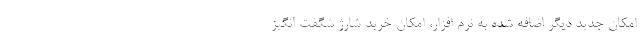
امکان جدید دیگر اضافه شده به نرم افزار، امکان خرید شارژ شگفت انگیز